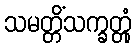
သမတ္တိံသက္ခတ္တုံ